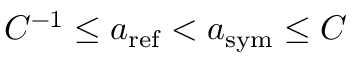
C ^ { - 1 } \leq a _ { \mathrm { r e f } } < a _ { \mathrm { s y m } } \leq C